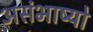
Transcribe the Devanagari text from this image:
असंभाष्यो